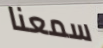
سمعنا